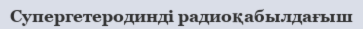
Супергетеродинді радиоқабылдағыш